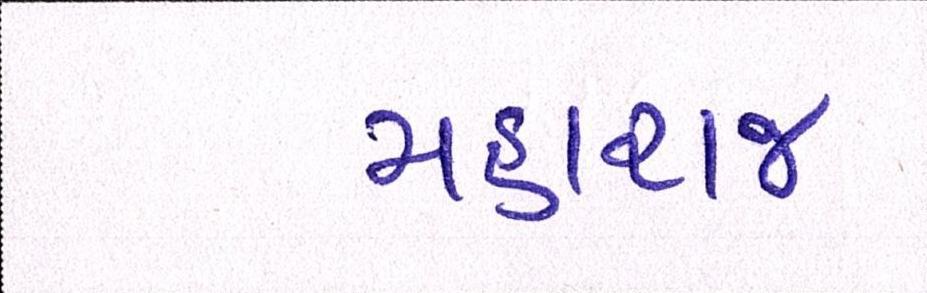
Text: મહારાજ